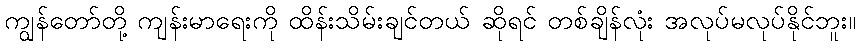
ကျွန်တော်တို့ ကျန်းမာရေးကို ထိန်းသိမ်းချင်တယ် ဆိုရင် တစ်ချိန်လုံး အလုပ်မလုပ်နိုင်ဘူး။